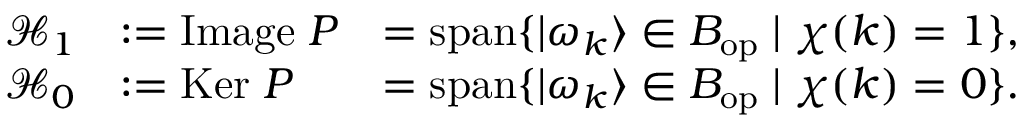
{ \begin{array} { r l r } { { \mathcal { H } } _ { 1 } } & { : = { \mathrm { I m a g e } } \; P } & { = \operatorname { s p a n } \{ | \omega _ { k } \rangle \in B _ { \mathrm { o p } } \; | \; \chi ( k ) = 1 \} , } \\ { { \mathcal { H } } _ { 0 } } & { : = { \mathrm { K e r } } \; P } & { = \operatorname { s p a n } \{ | \omega _ { k } \rangle \in B _ { \mathrm { o p } } \; | \; \chi ( k ) = 0 \} . } \end{array} }